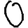
Digit: 0